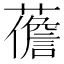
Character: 𧀻